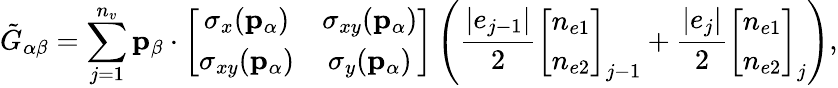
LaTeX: \tilde{G}_{\alpha\beta}=\sum_{j=1}^{n_{v}}\mathbf{p}_{\beta}\cdot\left[\begin{array}{cc}{\sigma_{x}(\mathbf{p}_{\alpha})}&{\sigma_{xy}(\mathbf{p}_{\alpha})}\\ {\sigma_{xy}(\mathbf{p}_{\alpha})}&{\sigma_{y}(\mathbf{p}_{\alpha})}\end{array}\right]\left(\frac{|e_{j-1}|}{2}\left[\begin{array}{c}{n_{e1}}\\ {n_{e2}}\end{array}\right]_{j-1}+\frac{|e_{j}|}{2}\left[\begin{array}{c}{n_{e1}}\\ {n_{e2}}\end{array}\right]_{j}\right),